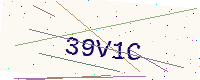
Text: 39V1C